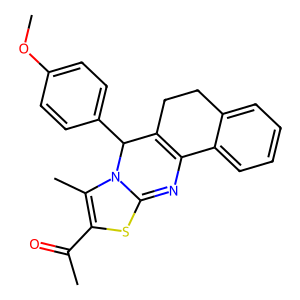
SMILES: COc1ccc(C2C3=C(N=C4SC(C(C)=O)=C(C)N42)c2ccccc2CC3)cc1
Inhibits HIV replication: No